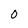
Character: 0